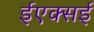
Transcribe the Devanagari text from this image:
ईएक्सई